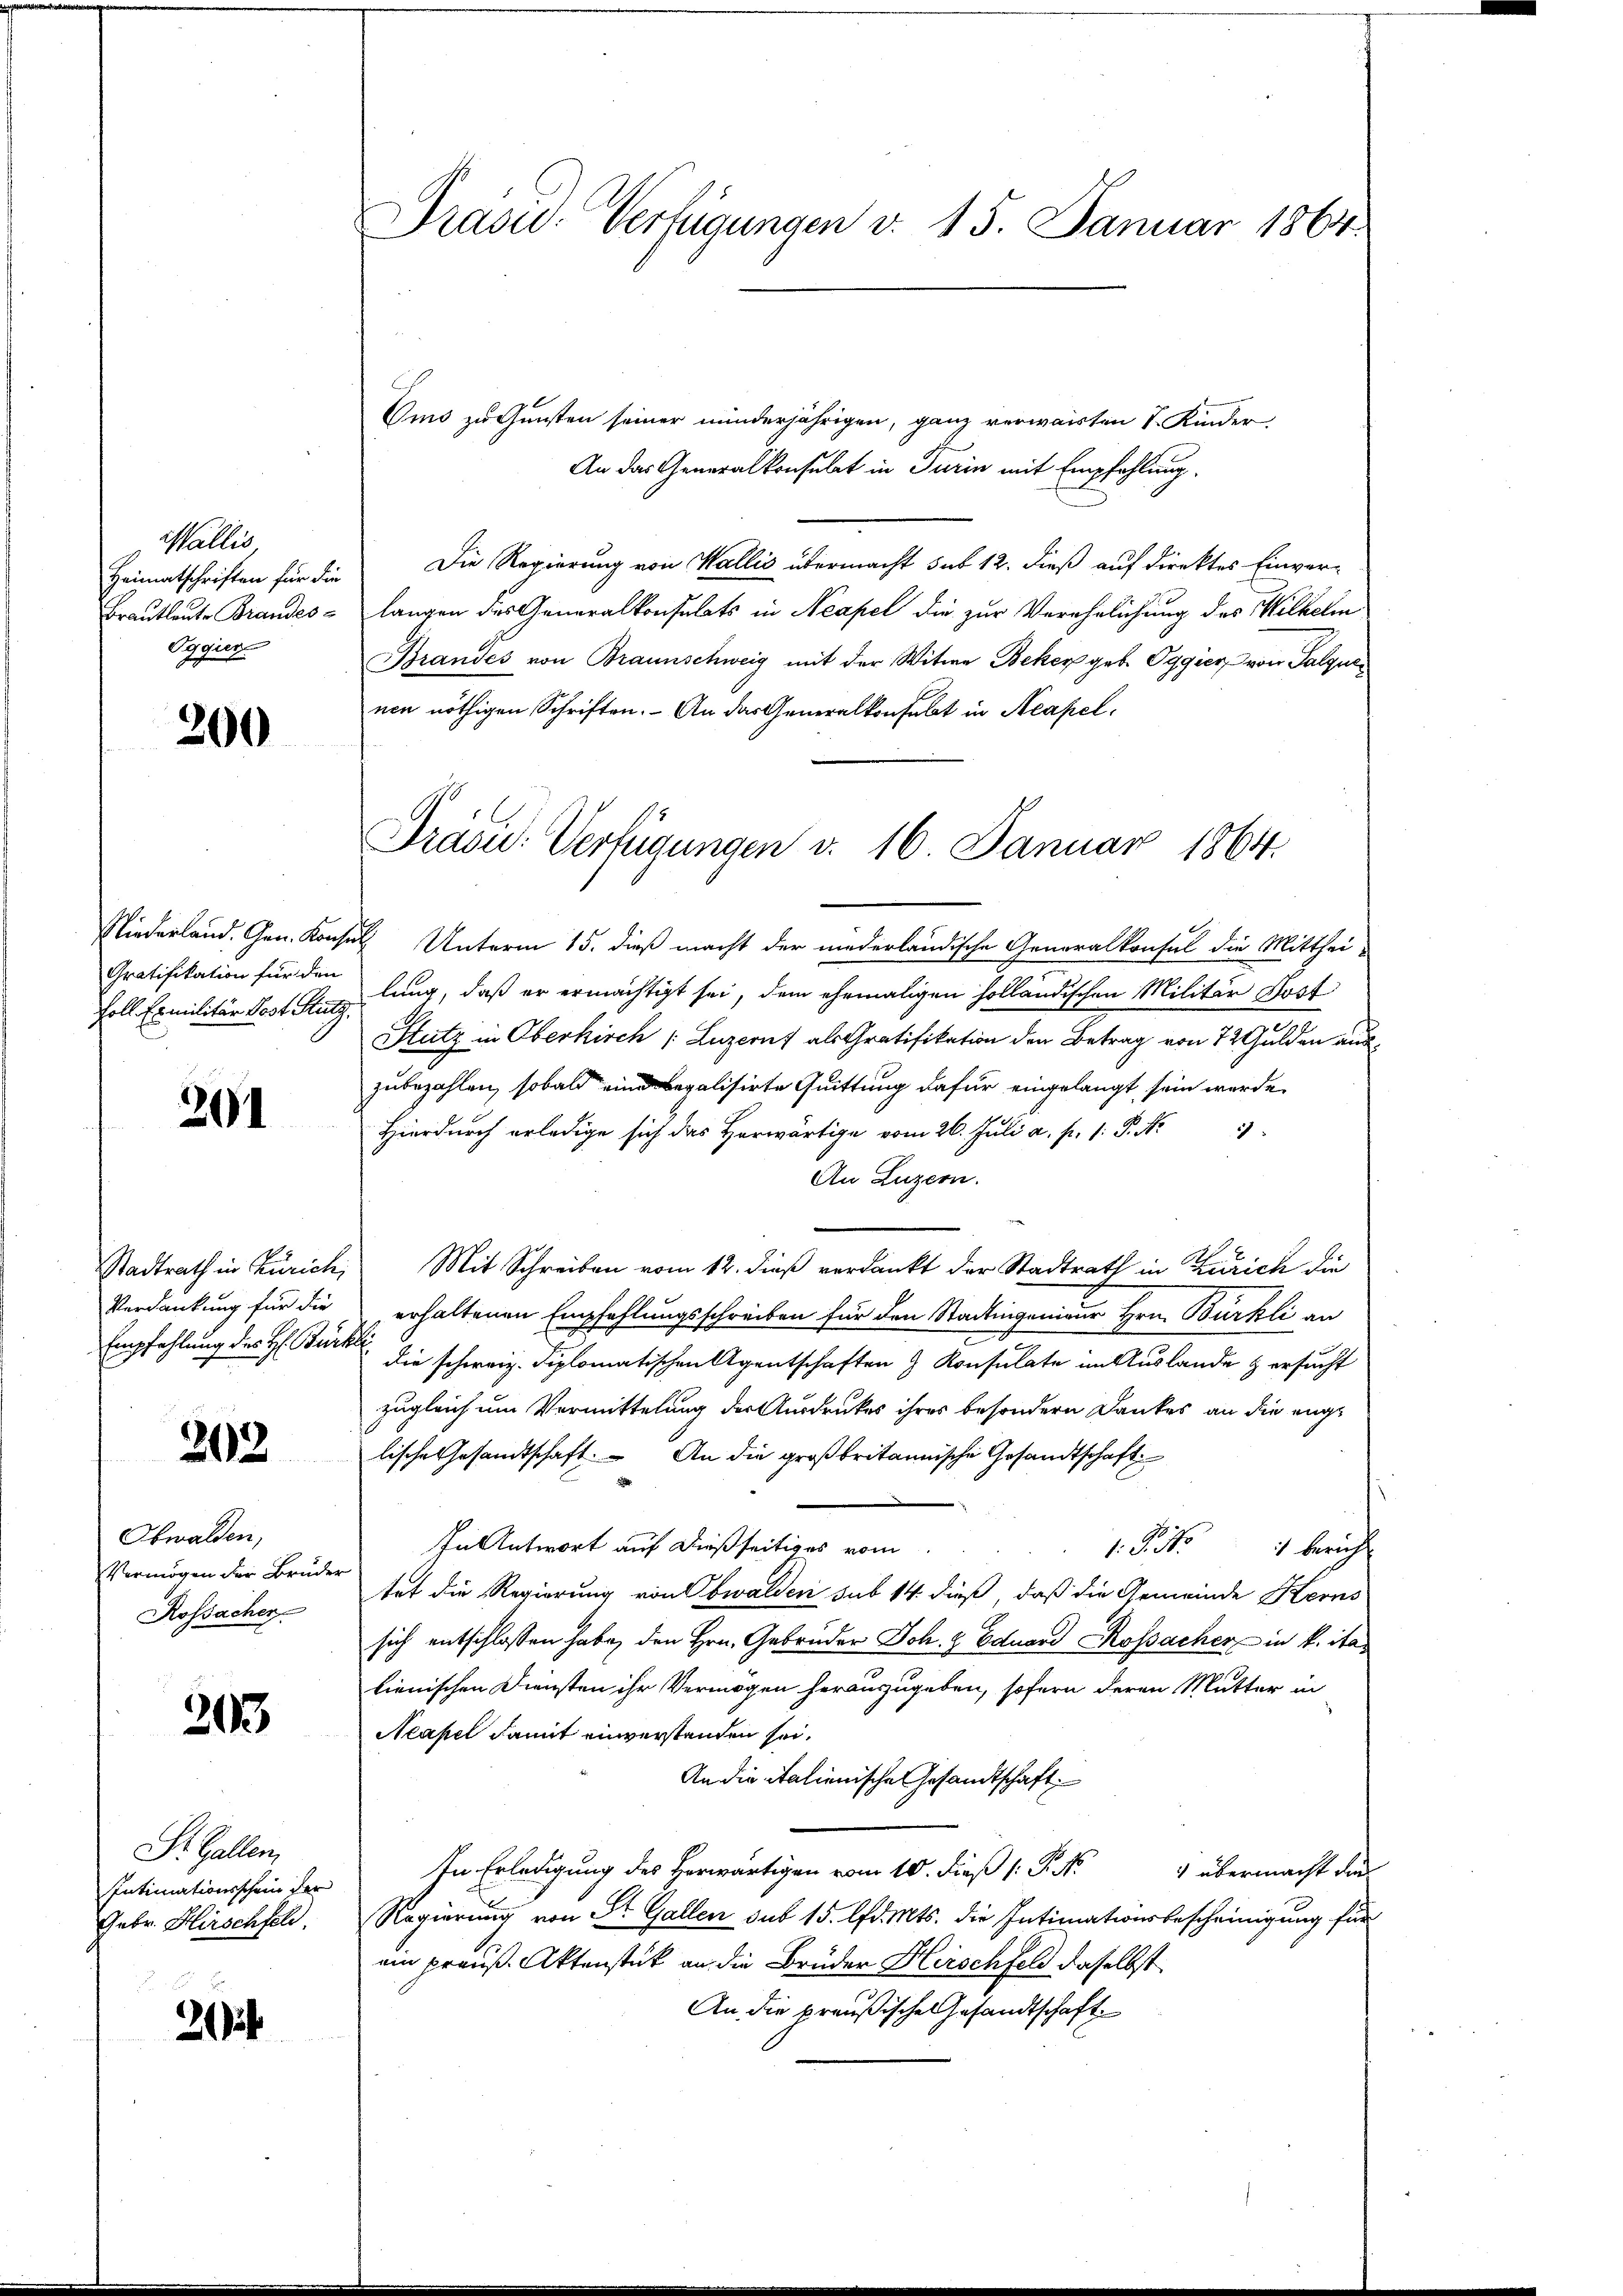
Wallis,
Heimatschriften für die
Brautleute Brandes-
Oggier

200

Gratifikation für den
Poll Exmilitär Post Stutz.

201

Stadtrath in Zürich,
Verdankung für die
Empfehlung des H: Bürg

202

Obwalden,
Vermögen der Brüder
Rossachen

203

St. Gallen,
Intimationsschein der
Febr. Hirschfeld

212

Präsid-Verfügungen v. 15. Januar 1864.

Oms zu Gunsten seiner minderjährigen, ganz verwaisten S. Kinder,
An das Generalkonsulat in Turin mit Empfehlung.
Die Regierung von Wallis übermacht sub 12. dieß auf direktes Einver-
langen des Generalkonsulats in Neapel die zur Verehelichung des Wilhelm
Brandes von Braunschweig mit der Witwe Beker geb. Oggier von Salque
nen nöthigen Schriften. An das Generalkonsulat in Neapel¬
Niederland. Gen. Konsul Unterm 15. dieß macht der niederländische Generalkonsul die Mittheilung, daß er ermächtigt sei, dem ehemaligen holländischen Militär Kost
Stutz in Oberkirch (Luzerns als Gratifikation den Betrag von 7 2 Gulden auszubezahlen, sobald eine begalisirte Quittung dafür eingelangt sein werde.
Hierdurch erledige sich das Horwärtige vom 26. Juli a. p. 1. P. Nr. 33
An Luzern.
Mit Schreiben vom 12. dieß verdankt der Stadtrath in Zürich die
erhaltenen Empfehlungsschreiben für den Stadtingenieur Hrn. Bürkli an
f
die schweiz. Diplomatischen Agentschaften & Konsulate im Auslande & ersucht
zugleich um Vermittelung der Ausdruckes ihres besondern Dankes an die englische Gesandtschaft. An die großbritannische Gesandtschaft
In Antwort auf dießseitiges vom
s. S. 1 bericht
tet die Regierung von Obwalden sub 14 dieß, daß die Gemeinde Kerns
sich entschlossen habe, den Hrn. Gebrüder Joh. 9 Eduard Kosacher in k. ita
lienischen Diensten ihr Vermögen herauszugeben, sofern deren Mutter in
Neapel damit einverstanden sei.
An die italienische Gesandtschaft
In Erledigung des Herwärtigen vom 10. dieß P. M. übermacht die
Regierung von St. Gallen sub 15. lfd. Mts. die Intimationsbescheinigung für
ein preuß. Aktenstück an die Brüder Hirschfeld daselbst
An die preußische Gesandtschaft

Präsid. Verfügungen v. 16. Januar 1864.